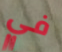
في